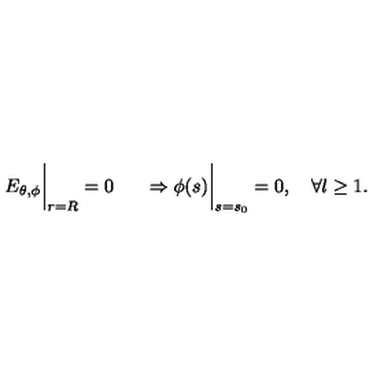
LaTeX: \left. \phantom { \frac { 1 } { \mu _ { 2 } } } E _ { \theta , \phi } \right| _ { r = R } = 0 \left. \phantom { \frac { 1 } { \mu _ { 2 } } } \Rightarrow \phi ( s ) \right| _ { s = s _ { 0 } } = 0 , \quad \forall l \geq 1 .